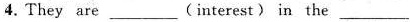
4.They are ___(interest) in the ___